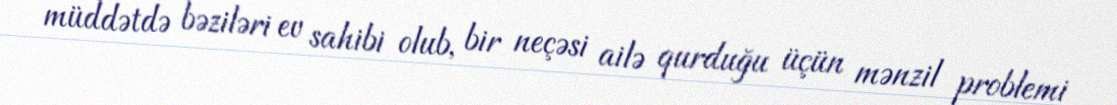
müddətdə bəziləri ev sahibi olub, bir neçəsi ailə qurduğu üçün mənzil problemi